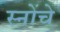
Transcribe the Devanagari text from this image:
स्नोंचे